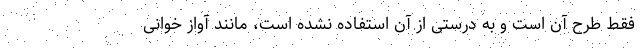
فقط طرح آن است و به درستی از آن استفاده نشده است، مانند آواز خوانی